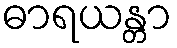
ဓာရယန္တာ